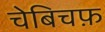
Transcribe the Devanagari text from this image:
चेबिचफ़